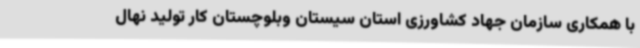
با همکاری سازمان جهاد کشاورزی استان سیستان وبلوچستان کار تولید نهال